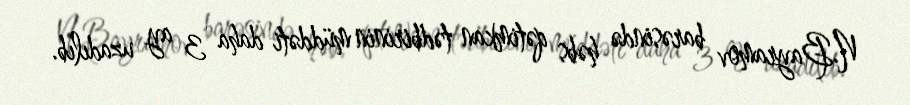
N.Bayramov barəsində həbs qətimkan tədbirinin müddəti daha 3 ay uzadılıb.